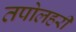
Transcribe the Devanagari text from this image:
तपोलहरी